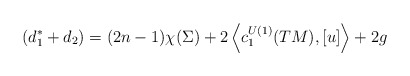
\begin{align*}~(d_{1}^{*}+d_{2}) = (2n-1)\chi(\Sigma) + 2 \left\langle c^{U(1)}_{1}(TM), [u] \right\rangle + 2g\end{align*}